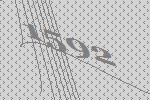
1592